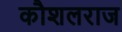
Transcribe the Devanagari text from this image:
कौशलराज